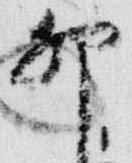
卯